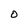
Character: O